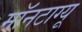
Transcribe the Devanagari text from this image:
मॉनटाग्यू